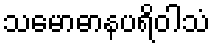
သမောဓာနပရိဝါသံ